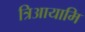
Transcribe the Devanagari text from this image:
त्रिआयामि